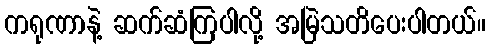
ကရုဏာနဲ့ ဆက်ဆံကြပါလို့ အမြဲသတိပေးပါတယ်။